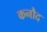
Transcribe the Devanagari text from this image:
कनौद